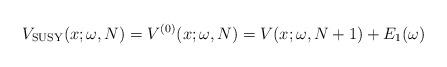
LaTeX: \begin{gather*} V_{\rm SUSY}(x;\omega ,N)=V^{(0) }(x;\omega,N) =V(x;\omega ,N+1) +E_{1}( \omega )\end{gather*}